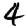
Digit: 4